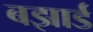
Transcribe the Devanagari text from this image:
बझार्ड